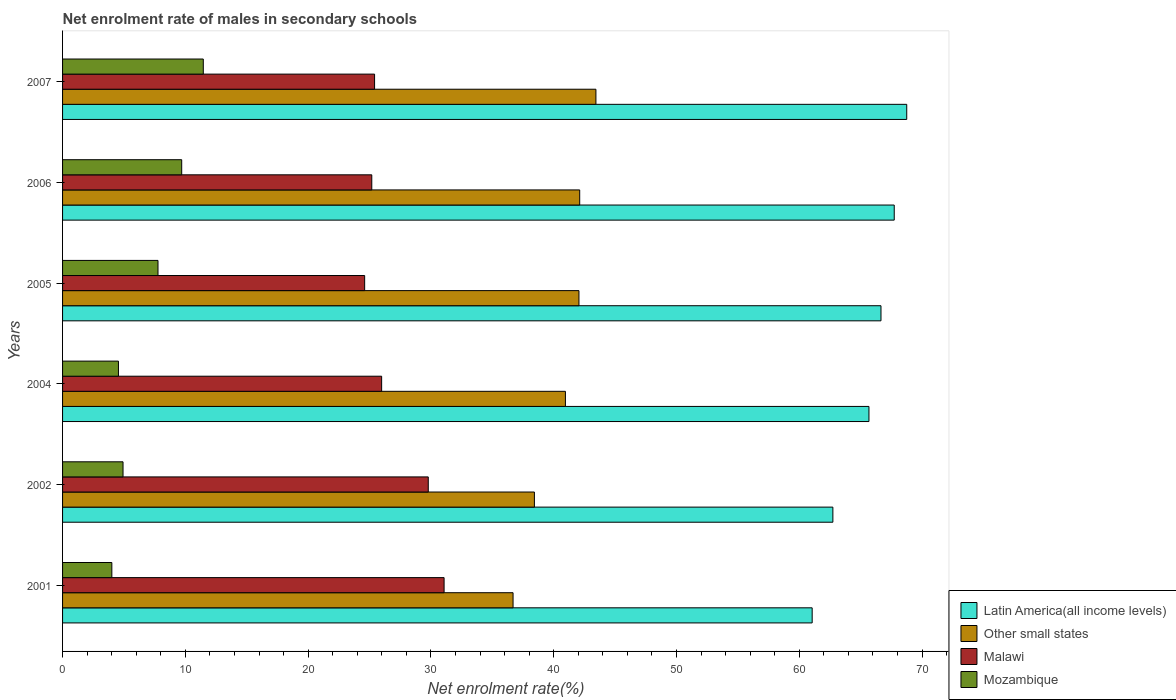
| Years | Latin America(all income levels) | Other small states | Malawi | Mozambique |
 | --- | --- | --- | --- | --- |
 | 2001 | 61.1 | 36.7 | 31.1 | 4.01 |
 | 2002 | 62.7 | 38.4 | 29.8 | 4.92 |
 | 2004 | 65.7 | 41 | 26 | 4.55 |
 | 2005 | 66.7 | 42.1 | 24.6 | 7.77 |
 | 2006 | 67.7 | 42.1 | 25.2 | 9.7 |
 | 2007 | 68.8 | 43.4 | 25.4 | 11.5 |